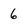
Character: 6